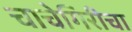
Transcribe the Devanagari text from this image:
चाचेगिरीचा